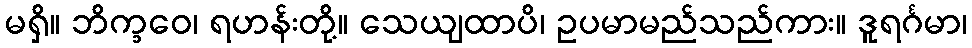
မရှိ။ ဘိက္ခဝေ၊ ရဟန်းတို့။ သေယျထာပိ၊ ဥပမာမည်သည်ကား။ ဒူရင်္ဂမာ၊